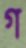
গ